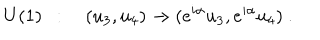
U ( 1 ) ~ ~ : \quad ( u _ { 3 } , u _ { 4 } ) \to ( e ^ { i \alpha } u _ { 3 } , e ^ { i \alpha } u _ { 4 } ) ~ .